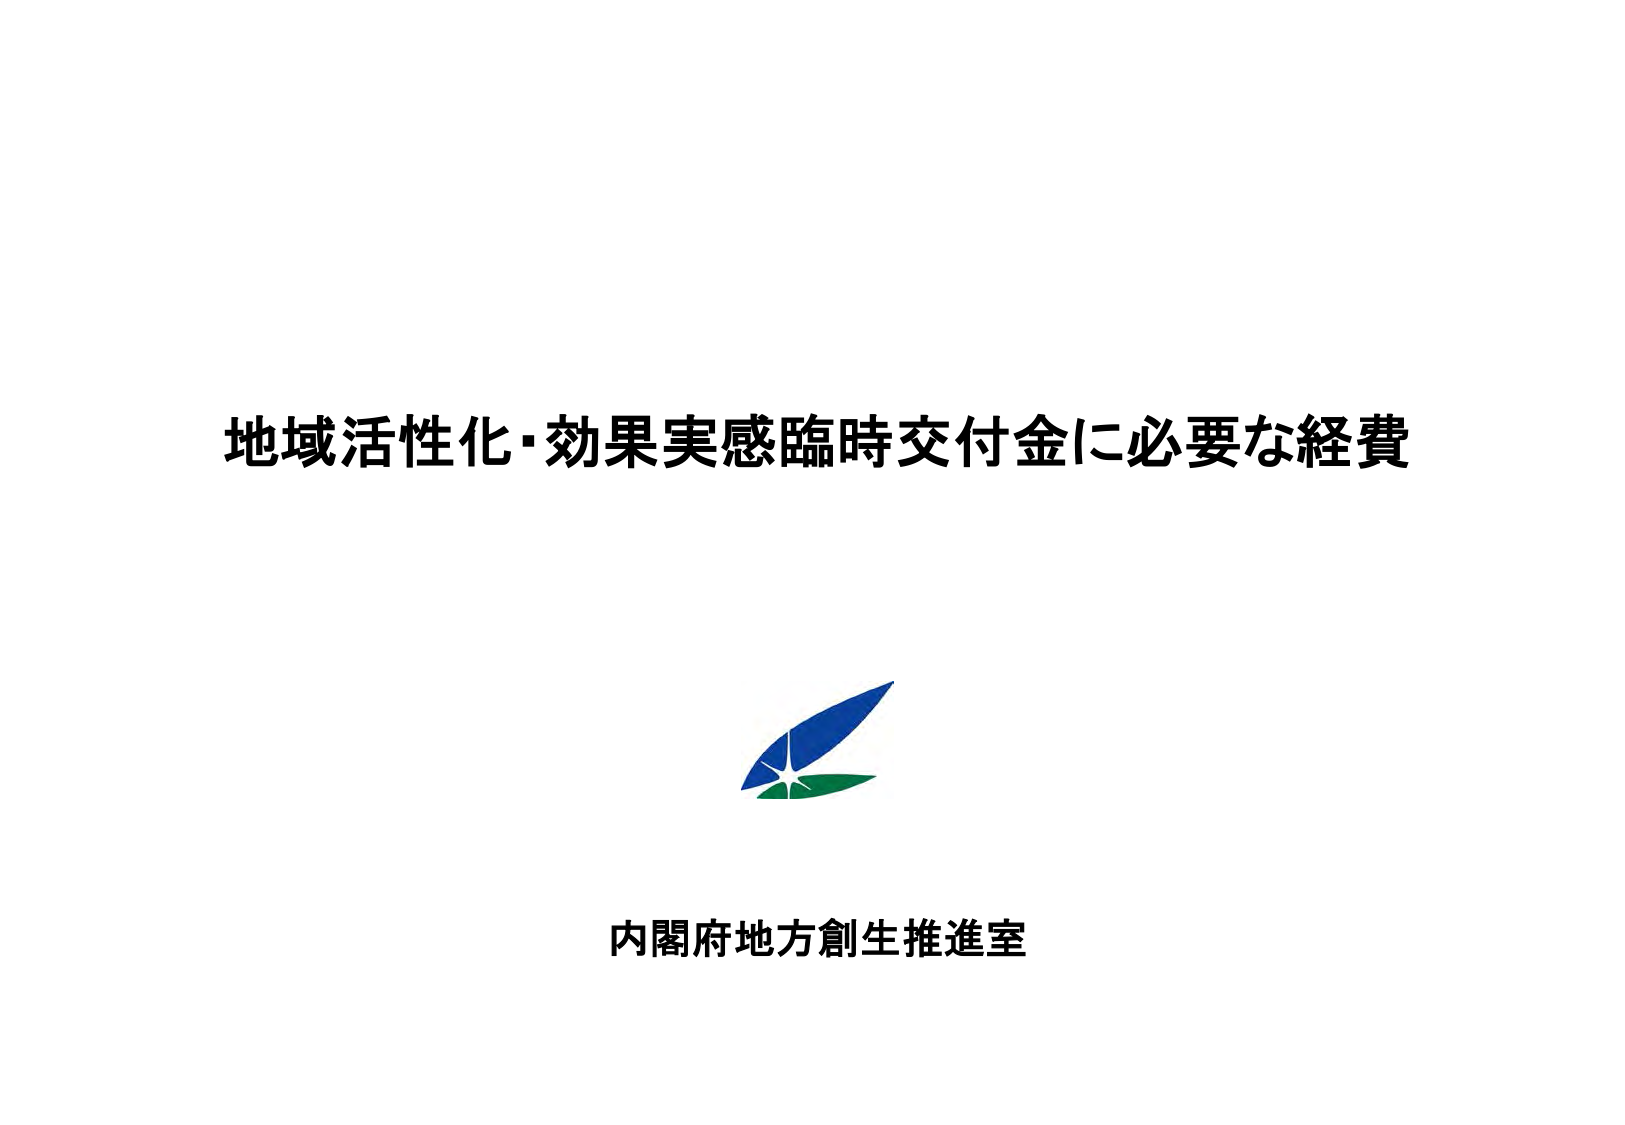
地域活性化・効果実感臨時交付金に必要な経費

内閣府地方創生推進室